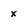
Character: x